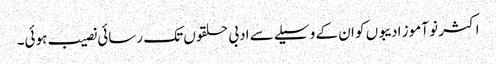
اکثر نو آموز ادیبوں کو ان کے وسیلے سے ادبی حلقوں تک رسائی نصیب ہوئی۔